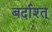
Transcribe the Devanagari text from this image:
बर्दाश्त्